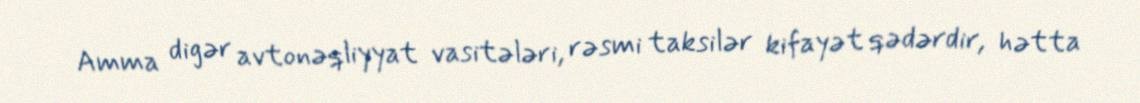
Amma digər avtonəqliyyat vasitələri, rəsmi taksilər kifayət qədərdir, hətta